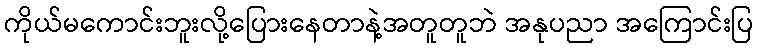
ကိုယ်မကောင်းဘူးလို့ပြေားနေတာနဲ့အတူတူဘဲ အနုပညာ အကြောင်းပြ